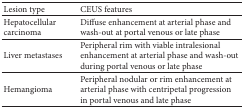
| Lesion type | CEUS features |
 | --- | --- |
 | Hepatocellular carcinoma | Diffuse enhancement at arterial phase and wash-out at portal venous or late phase |
 | Liver metastases | Peripheral rim with viable intralesional enhancement at arterial phase and wash-out during portal venous or late phase |
 | Hemangioma | Peripheral nodular or rim enhancement at arterial phase with centripetal progression in portal venous and late phase |